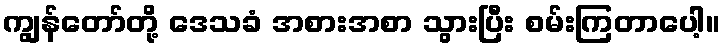
ကျွန်တော်တို့ ဒေသခံ အစားအစာ သွားပြီး စမ်းကြတာပေါ့။